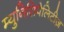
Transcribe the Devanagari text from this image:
म्युनिसिपैलिटीज़